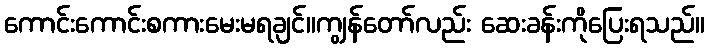
ကောင်းကောင်းစကားမေးမရချင်။ကျွန်တော်လည်း ဆေးခန်းကိုပြေးရသည်။